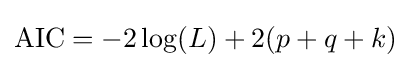
{\text{AIC}}=-2\log(L)+2(p+q+k)